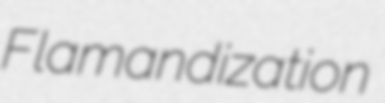
Flamandization